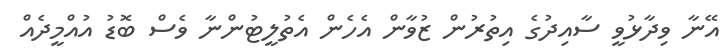
އޭނާ ވިދާޅުވީ ސާއިދުގެ އިތުރުން ޒުވާން އެހެން އެތުލީޓުންނާ ވެސް ބޮޑު އުއްމީދެއް